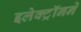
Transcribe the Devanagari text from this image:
इलेक्ट्रॉनने